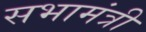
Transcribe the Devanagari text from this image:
सभामंत्री